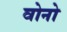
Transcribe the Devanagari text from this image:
वोनो